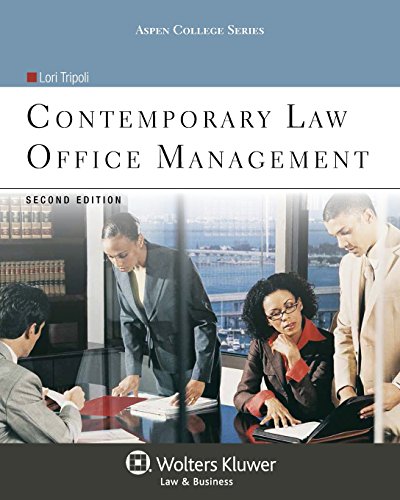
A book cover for Contemporary Law Office Management, Second Edition (Aspen College); Lori Tripoli; Law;